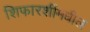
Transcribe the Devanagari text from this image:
शिफारशींमधील